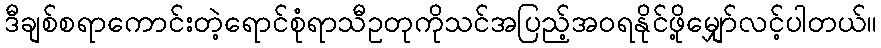
ဒီချစ်စရာကောင်းတဲ့ရောင်စုံရာသီဥတုကိုသင်အပြည့်အဝရနိုင်ဖို့မျှော်လင့်ပါတယ်။